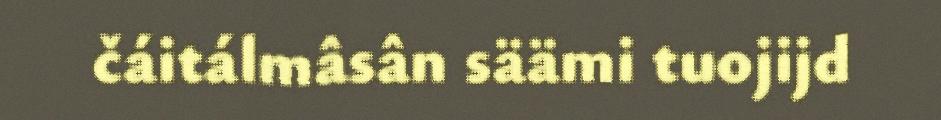
čáitálmâsân säämi tuojijd